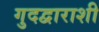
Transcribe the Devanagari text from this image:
गुदद्वाराशी